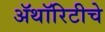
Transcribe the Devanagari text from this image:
ॲथॉरिटीचे